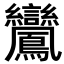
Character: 𪈽